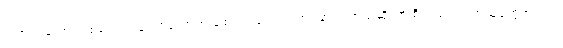
တကယ်တော့ တစ်ယောက်နဲ့တစ်ယောက် ချစ်ကြ၊ ခင်ကြ၊ ကြင်နာကြတယ်ဆိုတာ စိတ်ထားတတ်သူတွေအတွက်